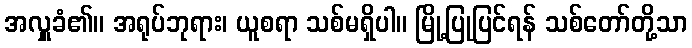
အလှူခံ၏။ အရုပ်ဘုရား၊ ယူစရာ သစ်မရှိပါ။ မြို့ပြုပြင်ရန် သစ်တော်တို့သာ